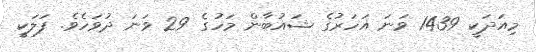
މިއަދަކީ 1439 ވަނަ އަހަރުގެ ޝައުބާން މަހުގެ 29 ވަނަ ދުވަހެވެ. ފަލަކީ